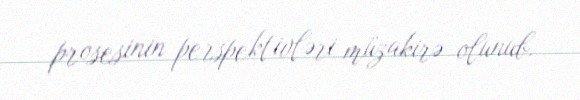
prosesinin perspektivləri müzakirə olunub.